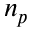
n _ { p }